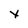
Character: x